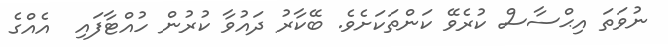
ނުވަތަ އިޙްސާސް ކުރެވޭ ކަންތަކަށެވެ. ބޭކާރު ދައުވާ ކުރުން ހުއްޓާފައި  އެއްގެ